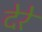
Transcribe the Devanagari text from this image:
देरे